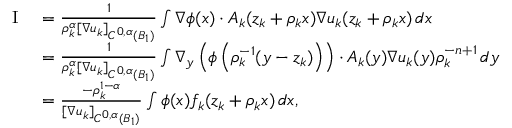
\begin{array} { r l } { \textrm { I } } & { = \frac { 1 } { \rho _ { k } ^ { \alpha } [ \nabla u _ { k } ] _ { C ^ { 0 , \alpha } ( B _ { 1 } ) } } \int \nabla \phi ( x ) \cdot A _ { k } ( z _ { k } + \rho _ { k } x ) \nabla u _ { k } ( z _ { k } + \rho _ { k } x ) \, d x } \\ & { = \frac { 1 } { \rho _ { k } ^ { \alpha } [ \nabla u _ { k } ] _ { C ^ { 0 , \alpha } ( B _ { 1 } ) } } \int \nabla _ { y } \left( \phi \left( \rho _ { k } ^ { - 1 } ( y - z _ { k } ) \right) \right) \cdot A _ { k } ( y ) \nabla u _ { k } ( y ) \rho _ { k } ^ { - n + 1 } \, d y } \\ & { = \frac { - \rho _ { k } ^ { 1 - \alpha } } { [ \nabla u _ { k } ] _ { C ^ { 0 , \alpha } ( B _ { 1 } ) } } \int \phi ( x ) f _ { k } ( z _ { k } + \rho _ { k } x ) \, d x , } \end{array}